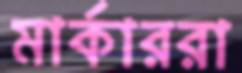
মার্কাররা